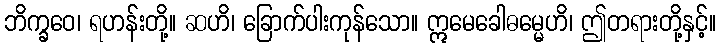
ဘိက္ခဝေ၊ ရဟန်းတို့။ ဆဟိ၊ ခြောက်ပါးကုန်သော။ ဣမေခေါဓမ္မေဟိ၊ ဤတရားတို့နှင့်။